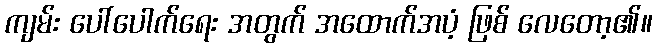
ကျမ်း ပေါ်ပေါက်ရေး အတွက် အထောက်အပံ့ ဖြစ် လေတော့၏။